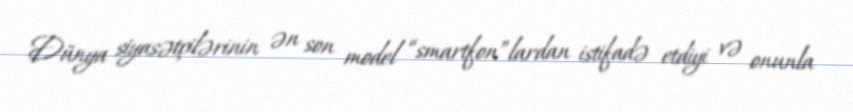
Dünya siyasətçilərinin ən son model “smartfon”lardan istifadə etdiyi və onunla